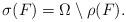
LaTeX: \begin{align*}\sigma(F) = \Omega \setminus \rho(F).\end{align*}